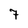
Character: 7